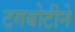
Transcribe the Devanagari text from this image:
टगबोटीने